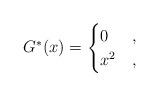
LaTeX: \begin{align*}G^*(x)=\begin{cases}0&,\\x^2&,\end{cases}\end{align*}